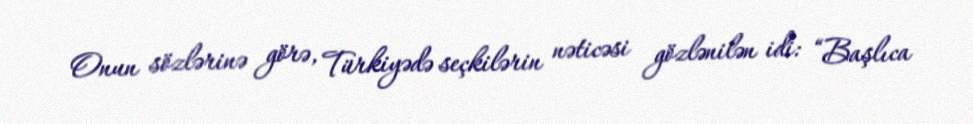
Onun sözlərinə görə, Türkiyədə seçkilərin nəticəsi gözlənilən idi: “Başlıca